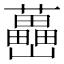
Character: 𡿉